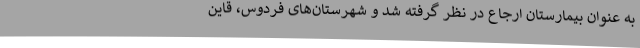
به عنوان بیمارستان ارجاع در نظر گرفته شد و شهرستان‌های فردوس، قاین